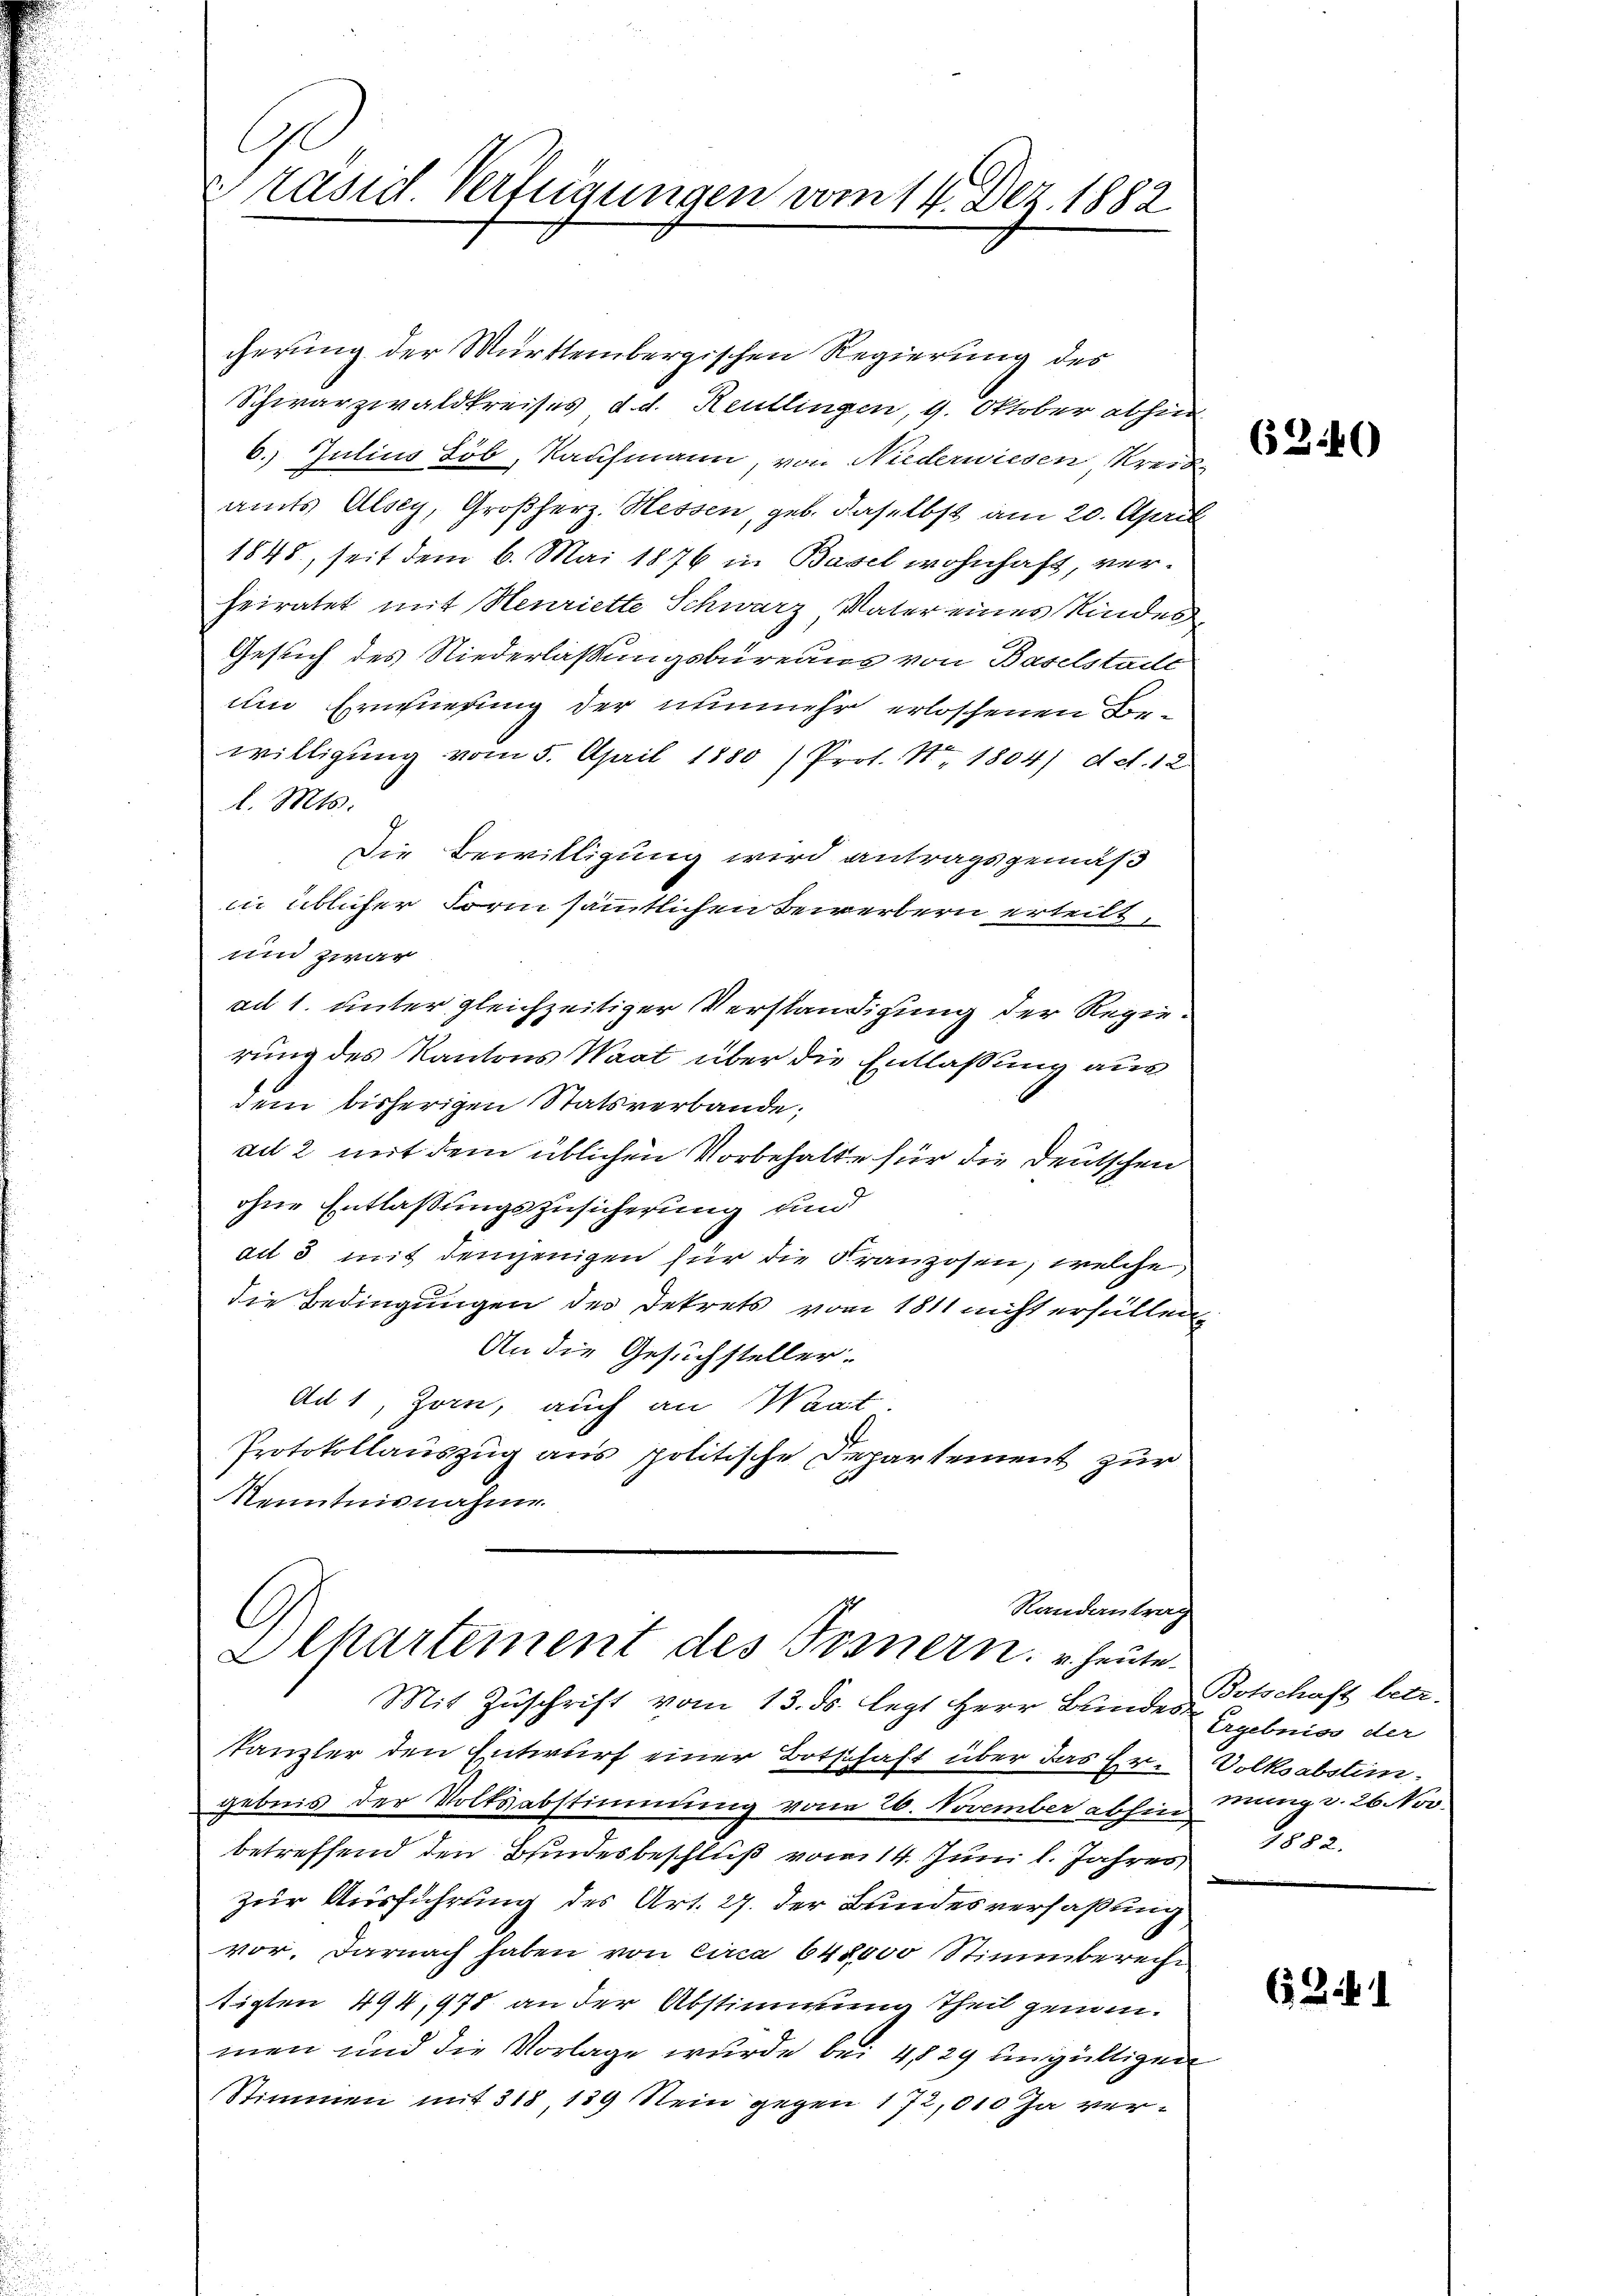
C
Präsid. Verfügungen vom 14. Dez. 1882

cherung der Württembergischen Regierung des
Schwarzwaldkreises d. d. Reutlingen, 9. Oktober abhin
6. Julius Föb, Kaufmann, von Niederwiesen, Kreisamts Alsey, Großherz. Hessen, geb. daselbst am 20. April
1848, seit dem 6. Mai 1876 in Basel wohnhaft, verheiratet mit Henriette Schwarz, Vater eines Kindes
Gesuch des Niederlaßungsbureaus von Baselstade
um Erwiesung der nunmehr erloschenen Bewilligung vom 5. April 1880 (Prot. Nr. 1804 det. 12
l. Mts.
Die Bewilligung wird antragsgemäß
in üblicher Form sämmtlichen Bewerbern erteilt,
und zwar
ad 1. unter gleichzeitiger Verständigung der Regierung des Kantons Waat über die Entlaßung aus
dem bisherigen Statsverbande,
ad 2 mit dem üblichen Vorbehalte für die Deutschen
ohne Entlassungszusicherung und
ad 3 mit demjenigen für die Franzosen, welche
die Bedingungen des Dekrets vom 1811 nicht erfüllen,
An die Gesuchsteller.
Ad 1, Zorn, auch an Saat
Protokollauszug aus politische Departement zur
Kenntnisnahme
Randantrag
C
Alkartement des Tonnern u. heute.
Mit Zuschrift vom 13. ds. legt Herr Bundes Ergebniss der
kanzler den Entwurf einer Botschaft über das Ergebnis der Volksabstimmung von 26. November abhin Müng v. 26. Nov.
betreffend den Bundesbeschluß vom 14. Juni l. Jahres
zur Ausführung des Art. 27. der Bundesverfaßung
vor. Darnach haben von circa 648000 Stimmberecht
tigten 494, 978 an der Abstimmung theil genommen und die Vorlage wurde bei 429 ungültigen
Stimmen mit 318, 139 Nein gegen 172,010 Ja ver¬

6240

Botschaft betr.
Volksabstim
1882.

6